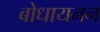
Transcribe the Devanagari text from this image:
बोधायनन